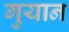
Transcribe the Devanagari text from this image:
गुयान